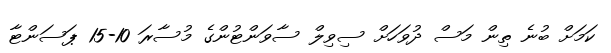
ކަމަށް ބުނެ ތިން މަސް ދުވަހަށް ސިވިލް ސާވަންޓުންގެ މުސާރަ 10-15 ޕަސަންޓާ